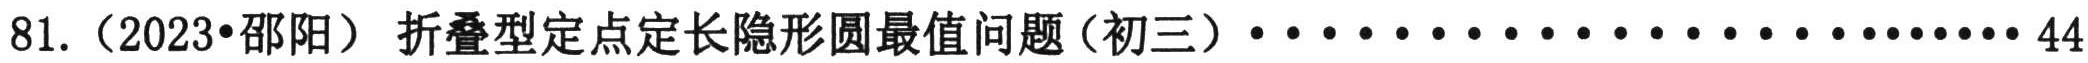
81.（2023•邵阳） 折叠型定点定长隐形圆最值问题（初三）································44